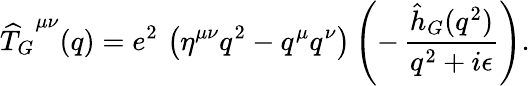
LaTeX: {\widehat T_{G}}^{\mu\nu}(q)=e^{2}\, \left(\eta^{\mu\nu}q^{2}-q^{\mu}q^{\nu}\right)\left(-\, {\frac{\hat{h}_{G}(q^{2})}{q^{2}+i\epsilon}}\right).